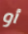
أو